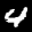
Label: 4